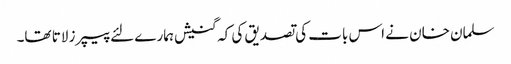
سلمان خان نے اس بات کی تصدیق کی کہ گنیش ہمارے لئے پیپرز لاتا تھا۔